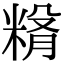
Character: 𥺵